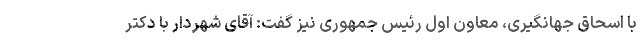
با اسحاق جهانگیری، معاون اول رئیس جمهوری نیز گفت: آقای شهردار با دکتر